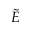
\tilde { E }